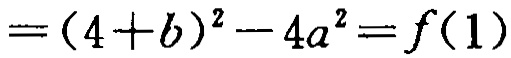
$=(4 + b)^{2}-4a^{2}=f(1)$